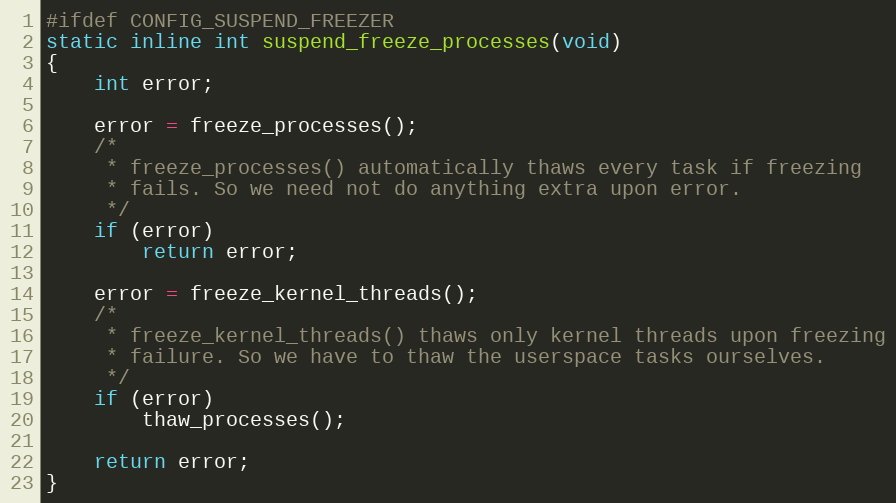
Language: C
#ifdef CONFIG_SUSPEND_FREEZER
static inline int suspend_freeze_processes(void)
{
	int error;

	error = freeze_processes();
	/*
	 * freeze_processes() automatically thaws every task if freezing
	 * fails. So we need not do anything extra upon error.
	 */
	if (error)
		return error;

	error = freeze_kernel_threads();
	/*
	 * freeze_kernel_threads() thaws only kernel threads upon freezing
	 * failure. So we have to thaw the userspace tasks ourselves.
	 */
	if (error)
		thaw_processes();

	return error;
}